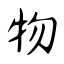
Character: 物